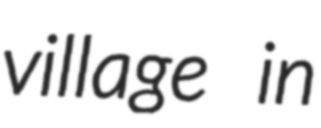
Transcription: village in